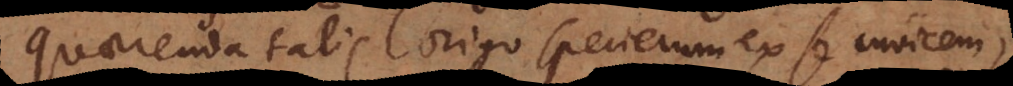
Quaerenda talis origo specierum ex se invicem,